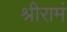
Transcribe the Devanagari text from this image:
श्रीरामं